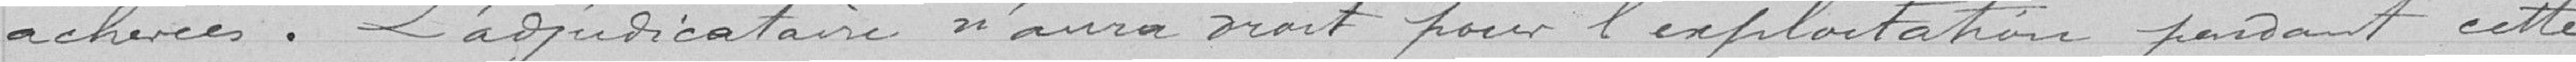
achevées. L'adjudicataire n'aura droit pour l'exploitation pendant cette